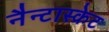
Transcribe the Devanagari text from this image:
नैन्टास्केट